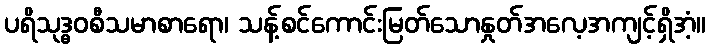
ပရိသုဒ္ဓဝစီသမာစာရော၊ သန့်စင်ကောင်းမြတ်သောနှုတ်အလေ့အကျင့်ရှိအံ့။